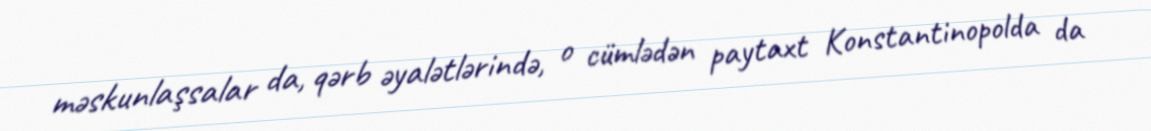
məskunlaşsalar da, qərb əyalətlərində, o cümlədən paytaxt Konstantinopolda da